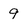
Character: 9